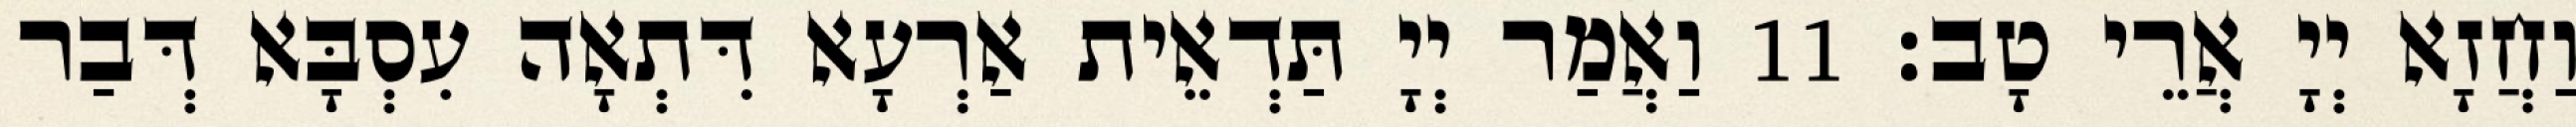
וַחֲזָא יְיָ אֲרֵי טָב׃ 11 וַאֲמַר יְיָ תַּדְאֵית אַרְעָא דִּתְאָה עִסְבָּא דְּבַר